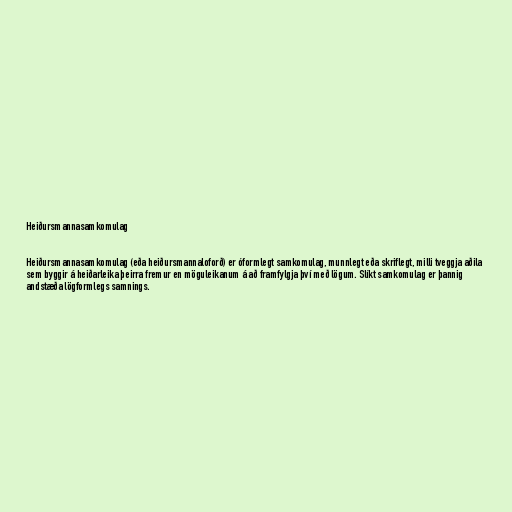
Heiðursmannasamkomulag

Heiðursmannasamkomulag (eða heiðursmannaloforð) er óformlegt samkomulag, munnlegt eða skriflegt, milli tveggja aðila
sem byggir á heiðarleika þeirra fremur en möguleikanum á að framfylgja því með lögum. Slíkt samkomulag er þannig
andstæða lögformlegs samnings.